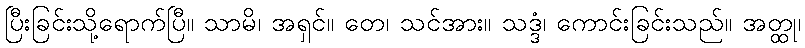
ပြီးခြင်းသို့ရောက်ပြီ။ သာမိ၊ အရှင်။ တေ၊ သင်အား။ သဒ္ဒံ၊ ကောင်းခြင်းသည်။ အတ္ထု၊